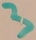
Text: 3